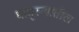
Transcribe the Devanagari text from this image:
धातूरूपातील